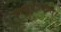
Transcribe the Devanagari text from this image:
चायुषेऽवपत्।